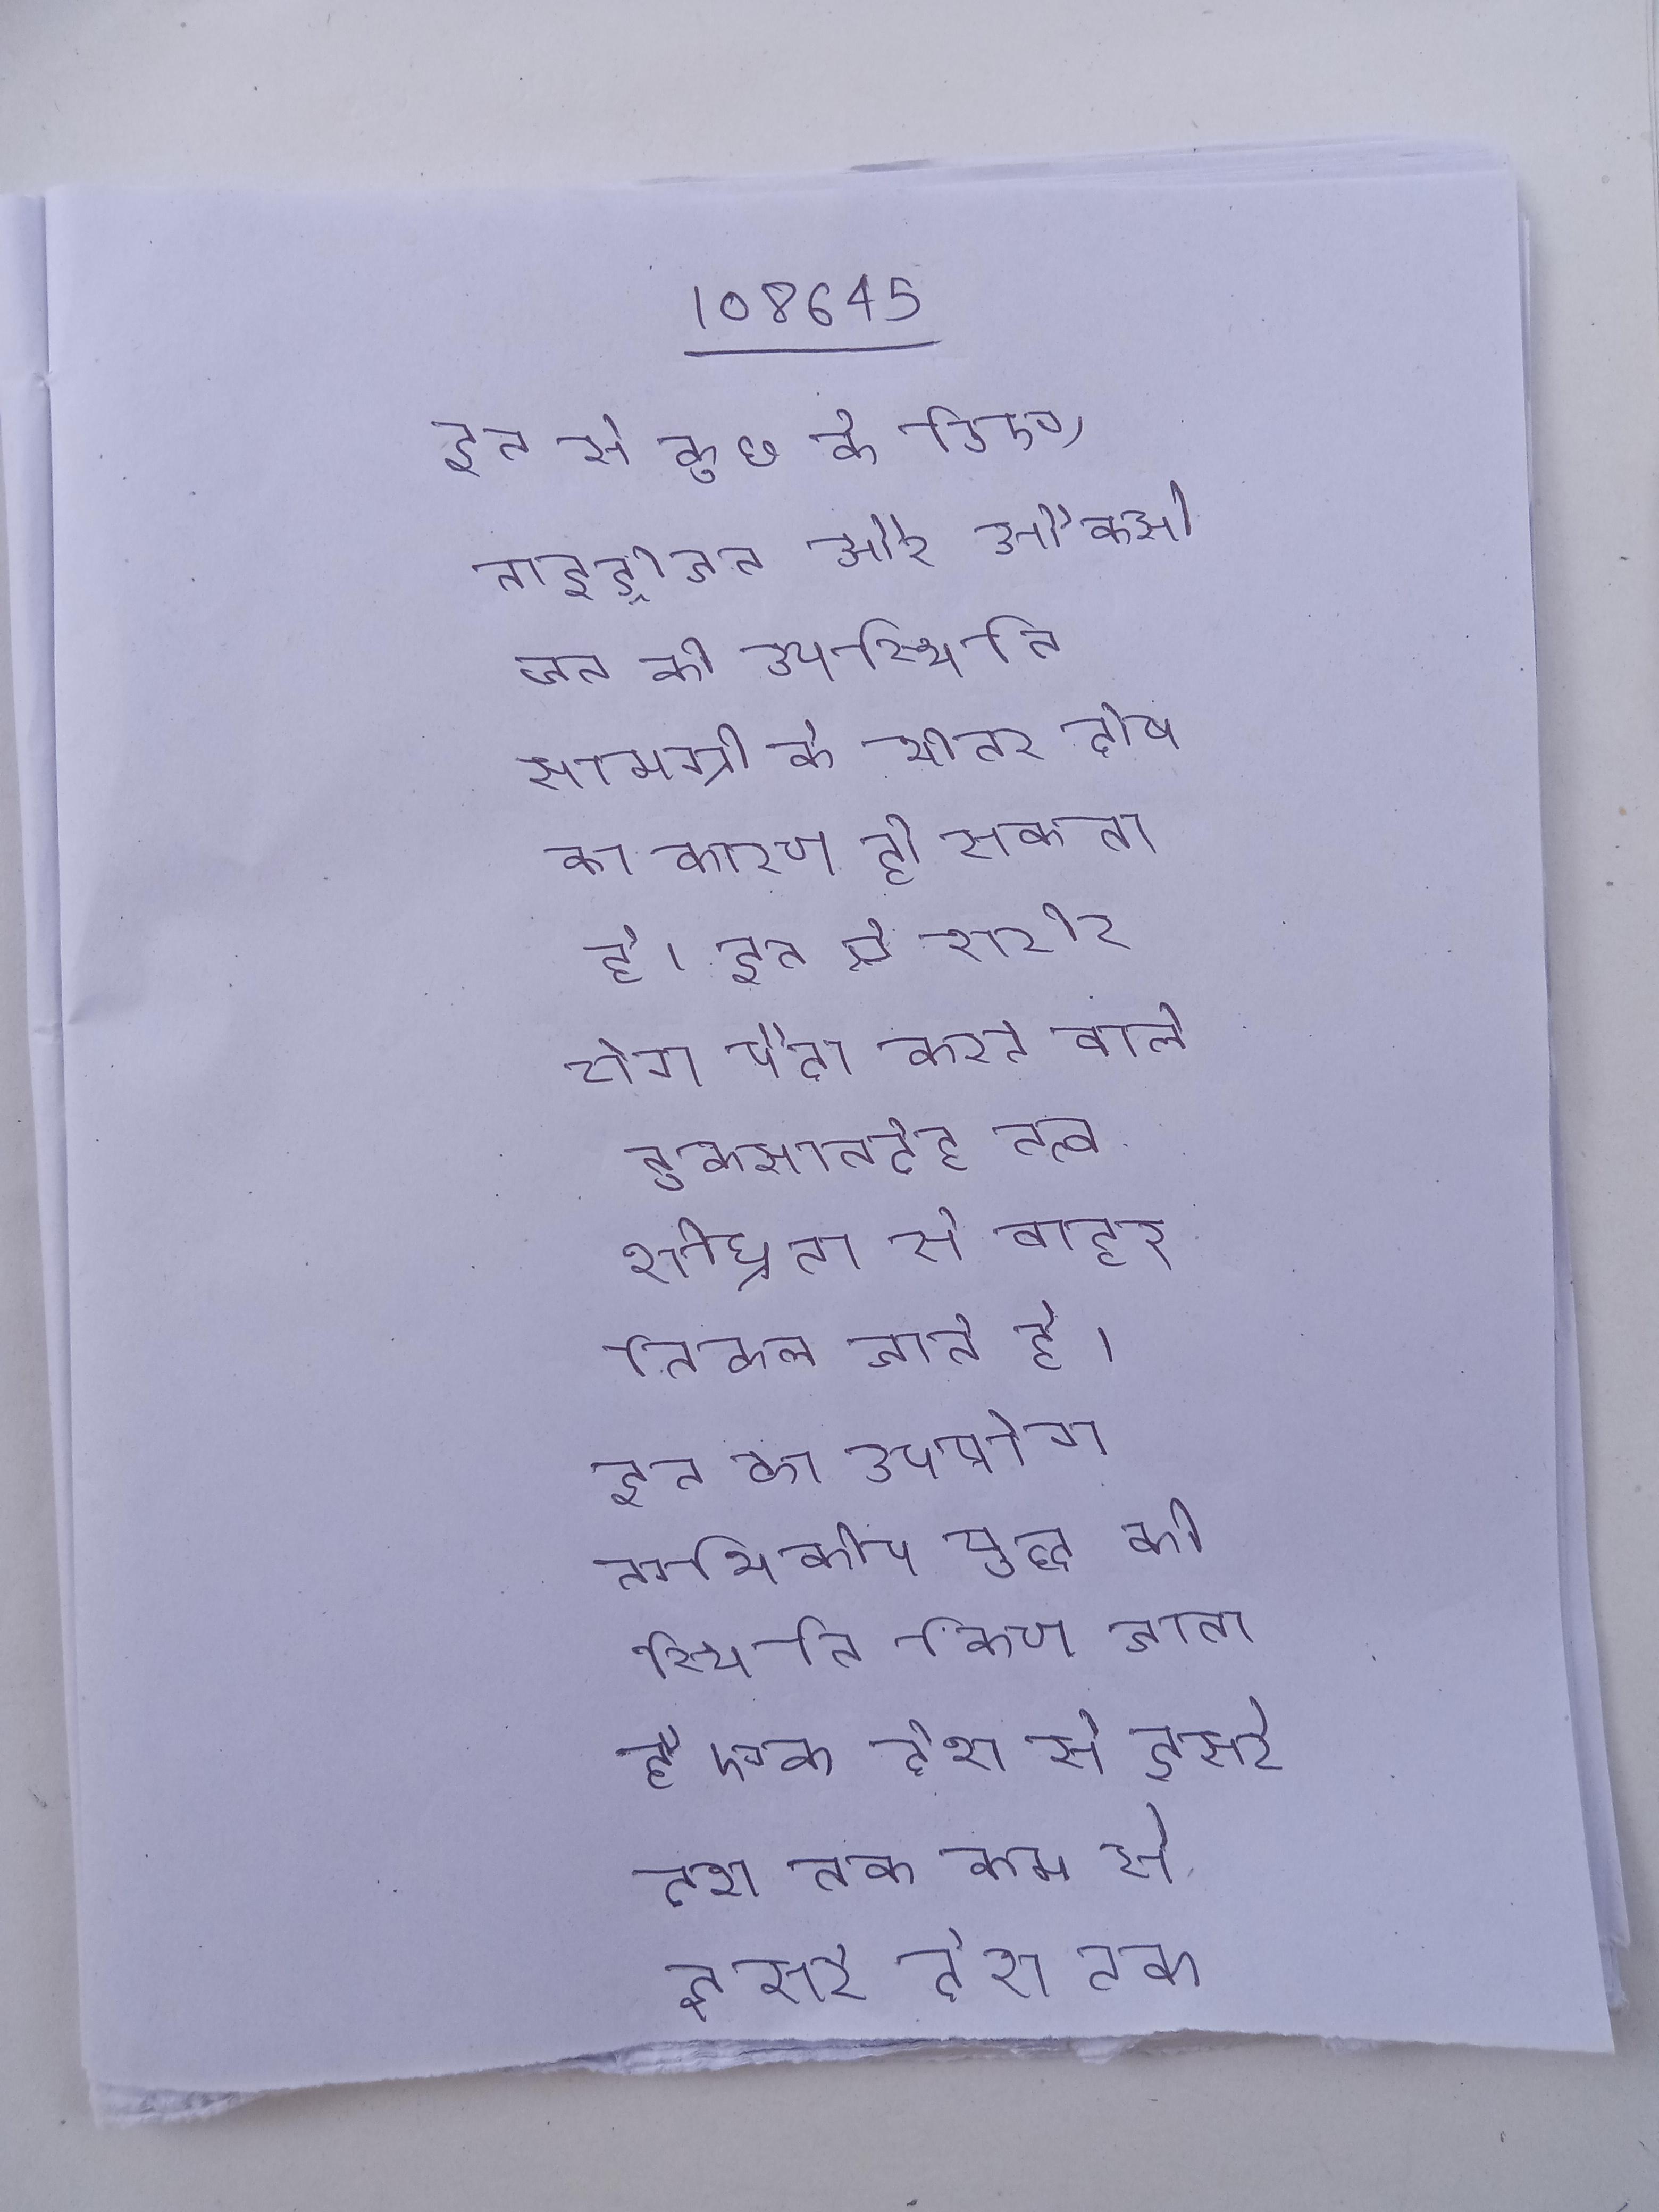
इन से कुछ के लिए, नाइट्रोजन और ऑक्सीजन की उपस्थिति सामग्री के भीतर दोष का कारण हो सकता है । इन से शरीर रोग पैदा करने वाले नुकसानदेह तत्व शीघ्रता से बाहर निकल जाते है । इन का उपयोग नाभिकीय युद्ध की स्थिति किया जाता है एक देश से दूसरे देश तक कम से कम समय नाभिकीय अस्त्र ले जाने इन को सबसे कम समय लगता है ।